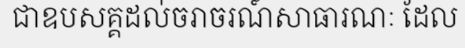
ជាឧបសគ្គដល់ចរាចរណ៍សាធារណៈ ដែល